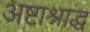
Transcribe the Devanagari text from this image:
अष्टाश्राद्ध